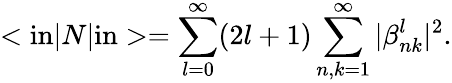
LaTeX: <{\mathrm{in}}|N|{\mathrm{in}}>=\sum_{l=0}^{\infty}(2l+1)\sum_{n,k=1}^{\infty}|\beta_{nk}^{l}|^{2}.